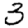
Digit: 3